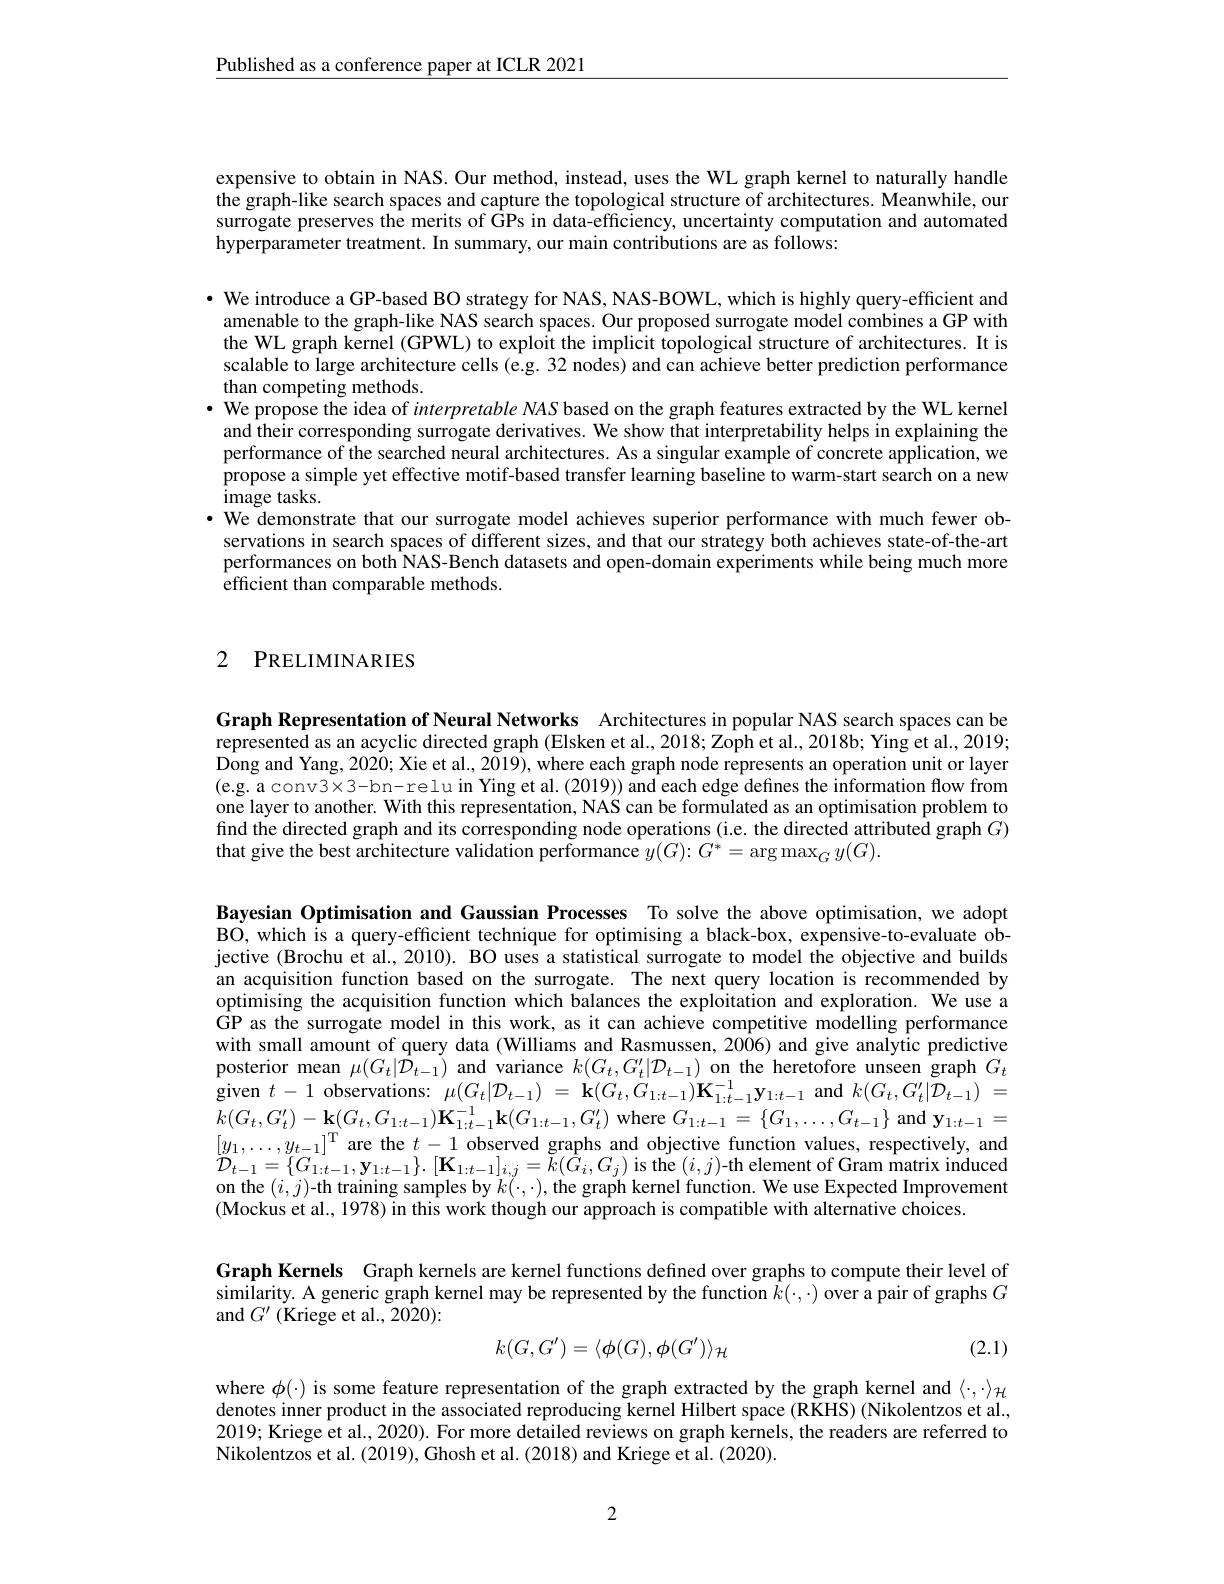
$\underline{\text{Published as a conference paper at ICLR 2021}}$

expensive to obtain in NAS. Our method, instead, uses the WL graph kernel to naturally handle the graph-like search spaces and capture the topological structure of architectures. Meanwhile, our surrogate preserves the merits of GPs in data-efficiency, uncertainty computation and automated hyperparameter treatment. In summary, our main contributions are as follows:

· We introduce a GP-based BO strategy for NAS, NAS-BOWL, which is highly query-efficient and amenable to the graph-like NAS search spaces. Our proposed surrogate model combines a GP with the WL graph kernel (GPWL) to exploit the implicit topological structure of architectures. It is scalable to large architecture cells (e.g. 32 nodes) and can achieve better prediction performance than competing methods
· We propose the idea of interpretable NAS based on the graph features extracted by the WL kernel and their corresponding surrogate derivatives. We show that interpretability helps in explaining the performance of the searched neural architectures. As a singular example of concrete application, we propose a simple yet effective motif-based transfer learning baseline to warm-start search on a new image tasks.
· We demonstrate that our surrogate model achieves superior performance with much fewer observations in search spaces of different sizes, and that our strategy both achieves state-of-the-art performances on both NAS-Bench datasets and open-domain experiments while being much more ${\mathrm{efficient~than~comparable~methods.}}$

## 2 PRELIMINARIES

Graph Representation of Neural Networks Architectures in popular NAS search spaces can be represented as an acyclic directed graph (Elsken et al., 2018; Zoph et al., 2018b; Ying et al., 2019; Dong and Yang, 2020; Xie et al., 2019), where each graph node represents an operation unit or layer (e.g. a conv3×3-bn-relu in Ying et al.(2019)) and each edge defines the information flow from one layer to another. With this representation, NAS can be formulated as an optimisation problem to find the directed graph and its corresponding node operations (i.e. the directed attributed graph $G)$ that give the best architecture validation performance $y(G){:}G^{*}=\arg\max_{G}y(G).$

Bayesian Optimisation and Gaussian Processes To solve the above optimisation, we adopt BO, which is a query-efficient technique for optimising a black-box, expensive-to-evaluate objective (Brochu et al., 2010). BO uses a statistical surrogate to model the objective and builds an acquisition function based on the surrogate. The next query location is recommended by optimising the acquisition function which balances the exploitation and exploration. We use a GP as the surrogate model in this work, as it can achieve competitive modelling performance with small amount of query data (Williams and Rasmussen, 2006) and give analytic predictive posterior mean $\mu(G_{t}|\hat{\mathcal{D}}_{t-1})$ and variance $k(G_{t},G_{t}^{\prime}|\mathcal{D}_{t-1})$ on the heretofore unseen graph $G_{t}$ $\begin{array} { r l } {\mathrm{given~}t- 1}& {\mathrm{observations: ~}}\\ {\mu ( G_{t}| \mathcal{D} _{t- 1}) = \mathbf{k} ( G_{t}, G_{1: t- 1}) \mathbf{K} _{1: t- 1}^{- 1}\mathbf{y} _{1: t- 1}}& {\mathrm{and~}}\\ {k( G_{t}, G_{t}) }\end{array} k( G_{t}, G_{t}^{\prime }| \tilde{\mathcal{D} } _{t- 1})$ = $k(G_{t},G_{t}^{\prime})-\mathbf{k}(G_{t},G_{1:t-1})\mathbf{K}_{1:t-1}^{-1}\mathbf{k}(G_{1:t-1},G_{t}^{\prime})$ where $G_{1:t-1}=\{G_{1},\ldots,G_{t-1}\}$ and $\mathbf{y}_{1:t-1}=$ $[y_{1},\ldots,y_{t-1}]^{\mathrm{T}}$are the $t-1$ observed graphs and objective function values, respectively, and $\mathcal{D}_{t-1}=\{G_{1:t-1},\mathbf{y}_{1:t-1}\}.[\mathbf{K}_{1:t-1}]_{i,j}=\breve{k}(\dot{G}_{i},G_{j})$ is the $(i,j)$-th element of Gram matrix induced on the $(i,j)$-th training samples by $k(\cdot,\cdot)$, the graph kernel function. We use Expected Improvement (Mockus et al., 1978) in this work though our approach is compatible with alternative choices.

Graph Kernels Graph kernels are kernel functions defined over graphs to compute their level of similarity. A generic graph kernel may be represented by the function $\hat{k}(\cdot,\cdot)$ over a pair of graphs $G$ and $G^\prime$ (Kriege et al., 2020):
$$k(G,G')=\langle\phi(G),\phi(G')\rangle_{\mathcal{H}}$$
(2.1)

where $\phi(\cdot)$ is some feature representation of the graph extracted by the graph kernel and $\langle\cdot,\cdot\rangle_{\mathcal{H}}$ denotes inner product in the associated reproducing kernel Hilbert space (RKHS) (Nikolentzos et al., 2019; Kriege et al., 2020). For more detailed reviews on graph kernels, the readers are referred to Nikolentzos et al. (2019), Ghosh et al. (2018) and Kriege et al. (2020).

2